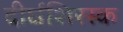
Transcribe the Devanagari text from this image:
दीर्घशिरस्क